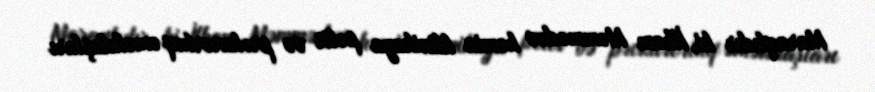
Maraqlıdır ki, İlham Məmmədov həmin klinikaya polis və prokurorluq əməkdaşları